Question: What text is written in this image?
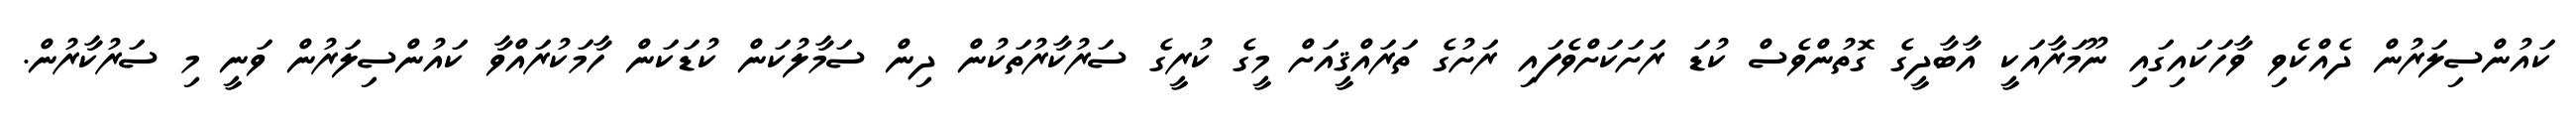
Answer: ކައުންސިލަރުން ދެއްކެވި ވާހަކައިގައި ނޫމަރާއަކީ އާބާދީގެ ގޮތުންވެސް ކުޑަ ރަށަކަށްވެފައި ރަށުގެ ތަރައްޤީއަށް މީގެ ކުރީގެ ސަރުކާރުތަކުން ދިން ސަމާލުކަން ކުޑަކަން ހާމަކުރައްވާ ކައުންސިލަރުން ވަނީ މި ސަރުކާރުން.